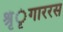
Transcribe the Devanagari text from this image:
श्रृंृंगाररस